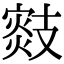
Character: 𢻟